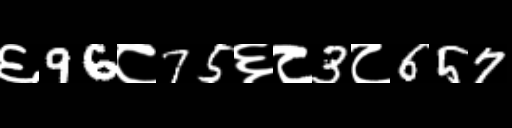
Text: ६96८75६८3८657